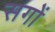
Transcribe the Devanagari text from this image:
सगों